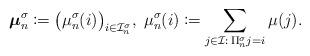
LaTeX: \begin{align*}\boldsymbol{\mu}_n^{\sigma}\coloneqq \big( \mu_n^{\sigma}(i) \big)_{i\in\mathcal{I}_n^{\sigma}}, \; \mu_n^{\sigma}(i)\coloneqq \sum_{j\in\mathcal{I}:\, \Pi_n^{\sigma}j=i}\mu(j).\end{align*}